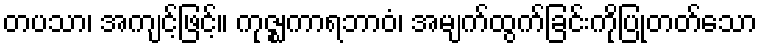
တပသာ၊ အကျင့်ဖြင့်။ ကုဇ္ဈကာရဘာဝံ၊ အမျက်ထွက်ခြင်းကိုပြုတတ်သော